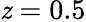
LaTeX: \mathit{z}=0.5